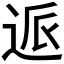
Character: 𰺺